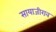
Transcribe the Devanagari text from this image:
सायाजीराव